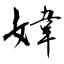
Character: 媁